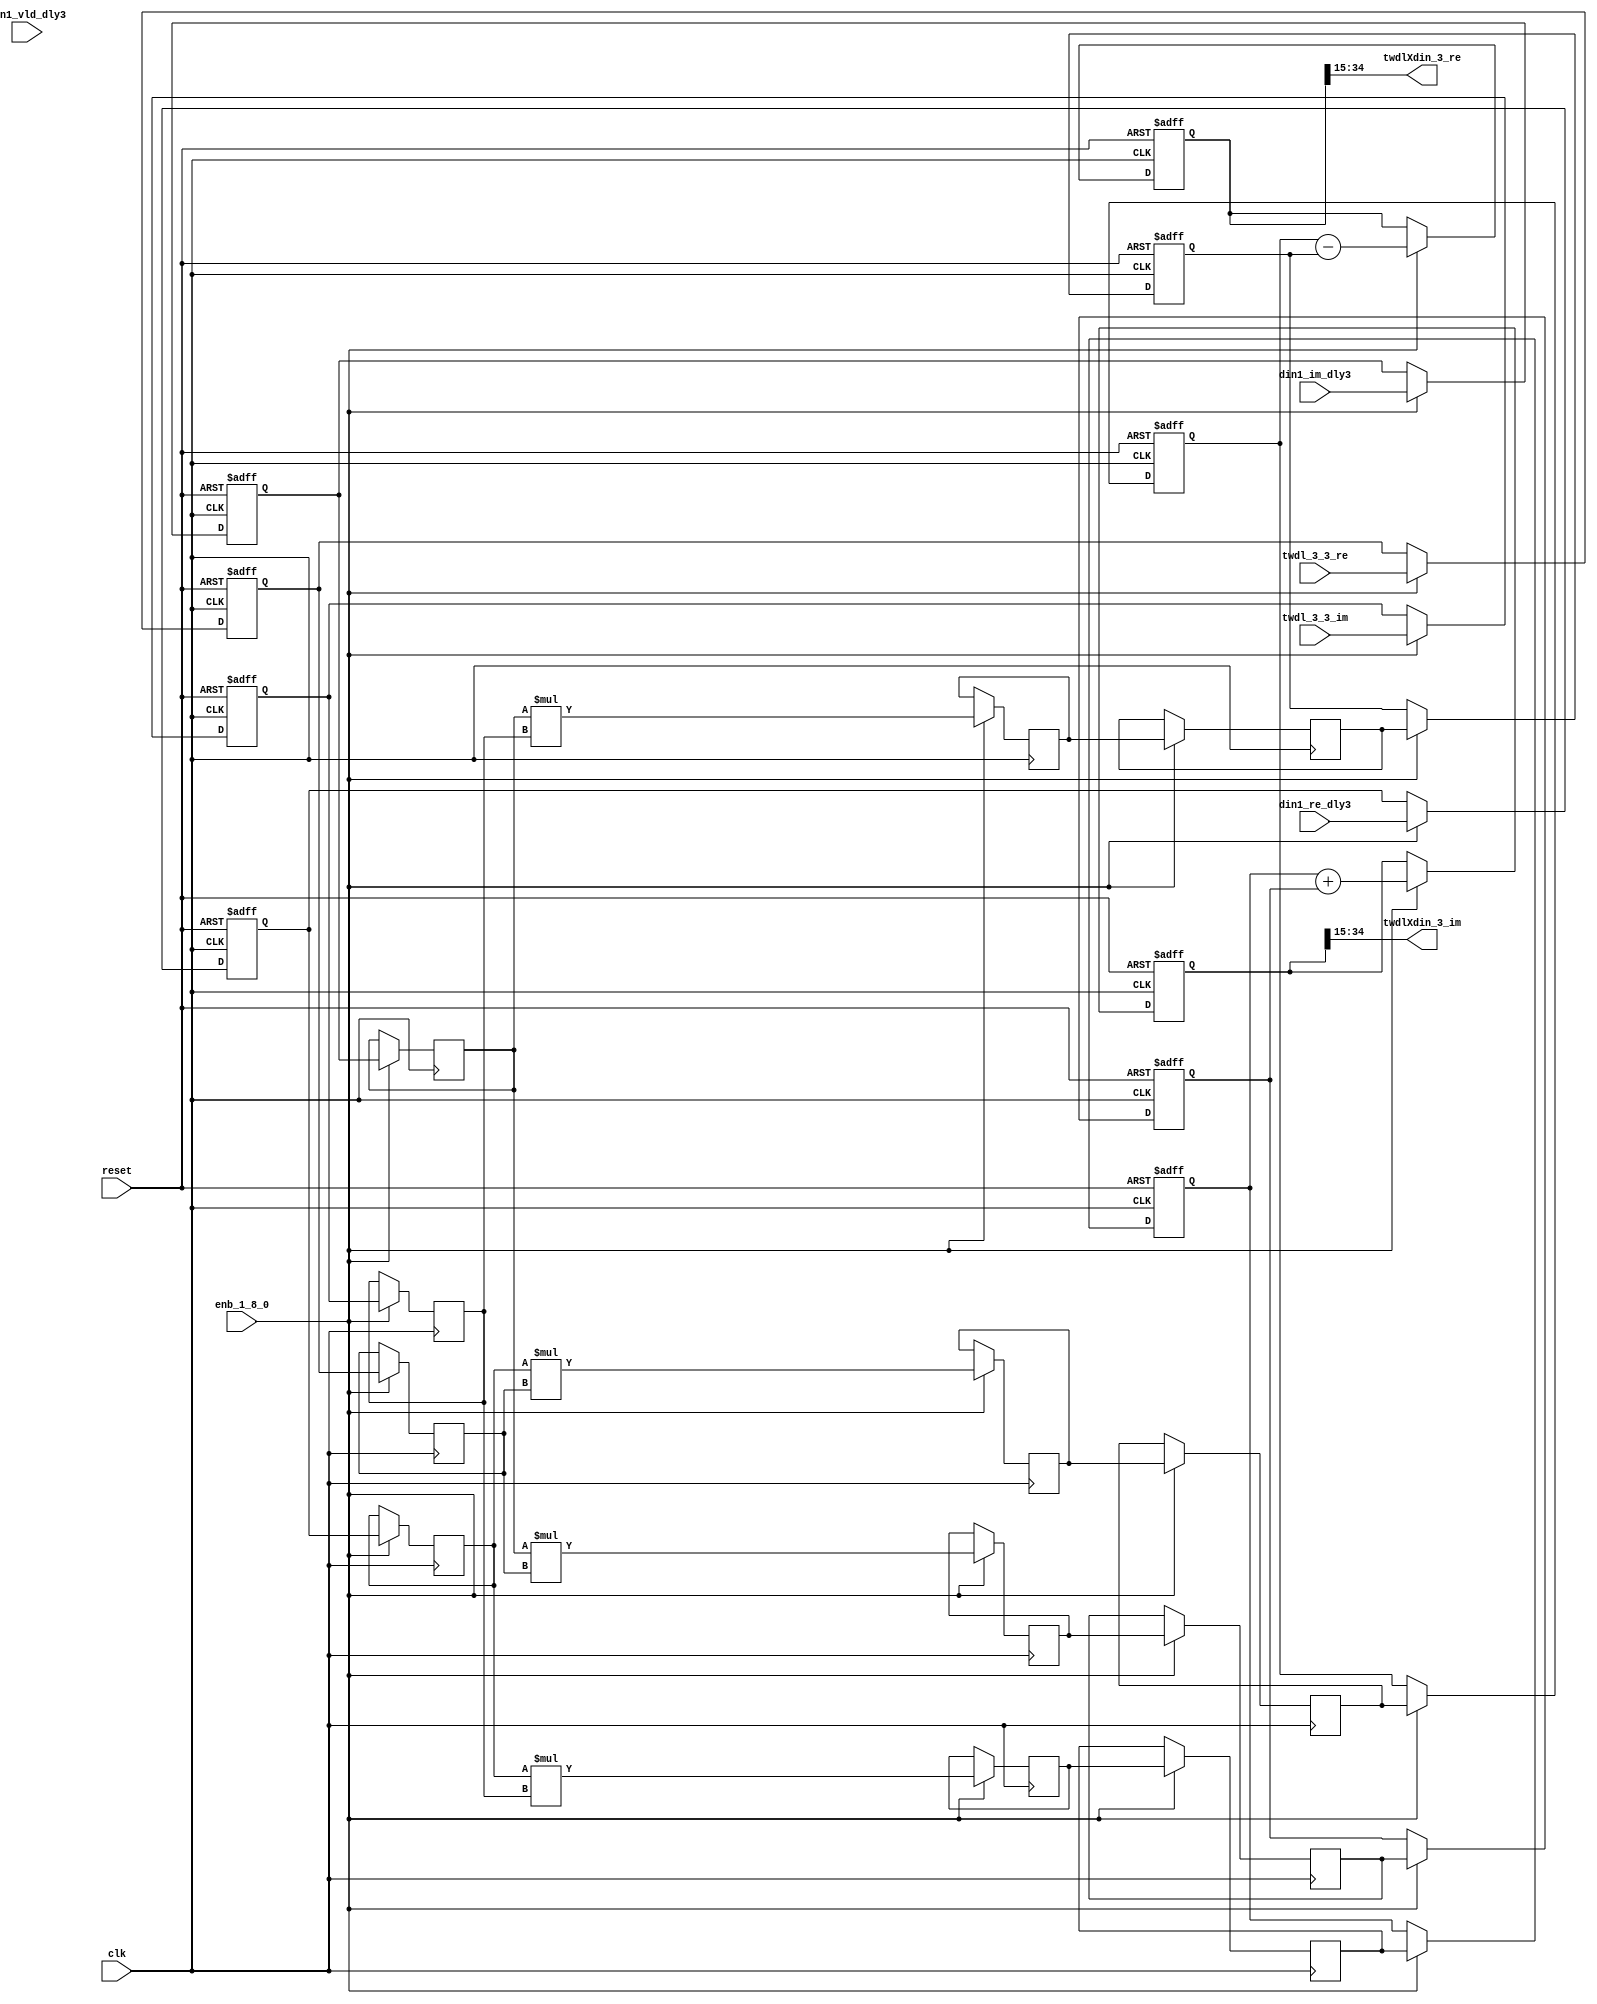
// -------------------------------------------------------------
// 
// 
// Generated by MATLAB 9.13 and HDL Coder 4.0
// 
// -------------------------------------------------------------


// -------------------------------------------------------------
// 
// Module: Complex4Multiply_block
// Source Path: joe_fft/FFT/TWDLMULT_SDNF1_3/Complex4Multiply
// Hierarchy Level: 3
// 
// -------------------------------------------------------------

`timescale 1 ns / 1 ns

module Complex4Multiply_block
          (clk,
           reset,
           enb_1_8_0,
           din1_re_dly3,
           din1_im_dly3,
           din1_vld_dly3,
           twdl_3_3_re,
           twdl_3_3_im,
           twdlXdin_3_re,
           twdlXdin_3_im);


  input   clk;
  input   reset;
  input   enb_1_8_0;
  input   signed [19:0] din1_re_dly3;  // sfix20
  input   signed [19:0] din1_im_dly3;  // sfix20
  input   din1_vld_dly3;
  input   signed [16:0] twdl_3_3_re;  // sfix17_En15
  input   signed [16:0] twdl_3_3_im;  // sfix17_En15
  output  signed [19:0] twdlXdin_3_re;  // sfix20
  output  signed [19:0] twdlXdin_3_im;  // sfix20


  reg signed [19:0] din_re_reg;  // sfix20
  reg signed [19:0] din_im_reg;  // sfix20
  reg signed [16:0] twdl_re_reg;  // sfix17_En15
  reg signed [16:0] twdl_im_reg;  // sfix17_En15
  reg signed [19:0] Complex4Multiply_din1_re_pipe1;  // sfix20
  reg signed [19:0] Complex4Multiply_din1_im_pipe1;  // sfix20
  reg signed [36:0] Complex4Multiply_mult1_re_pipe1;  // sfix37
  reg signed [36:0] Complex4Multiply_mult2_re_pipe1;  // sfix37
  reg signed [36:0] Complex4Multiply_mult1_im_pipe1;  // sfix37
  reg signed [36:0] Complex4Multiply_mult2_im_pipe1;  // sfix37
  reg signed [16:0] Complex4Multiply_twiddle_re_pipe1;  // sfix17
  reg signed [16:0] Complex4Multiply_twiddle_im_pipe1;  // sfix17
  reg signed [36:0] prod1_re;  // sfix37_En15
  reg signed [36:0] prod1_im;  // sfix37_En15
  reg signed [36:0] prod2_re;  // sfix37_En15
  reg signed [36:0] prod2_im;  // sfix37_En15
  reg  din_vld_dly1;
  reg  din_vld_dly2;
  reg  din_vld_dly3;
  reg  prod_vld;
  reg signed [37:0] Complex4Add_multRes_re_reg;  // sfix38
  reg signed [37:0] Complex4Add_multRes_im_reg;  // sfix38
  reg  Complex4Add_prod_vld_reg1;
  reg signed [36:0] Complex4Add_prod1_re_reg;  // sfix37
  reg signed [36:0] Complex4Add_prod1_im_reg;  // sfix37
  reg signed [36:0] Complex4Add_prod2_re_reg;  // sfix37
  reg signed [36:0] Complex4Add_prod2_im_reg;  // sfix37
  wire signed [37:0] Complex4Add_multRes_re_reg_next;  // sfix38_En15
  wire signed [37:0] Complex4Add_multRes_im_reg_next;  // sfix38_En15
  wire signed [37:0] Complex4Add_sub_cast;  // sfix38_En15
  wire signed [37:0] Complex4Add_sub_cast_1;  // sfix38_En15
  wire signed [37:0] Complex4Add_add_cast;  // sfix38_En15
  wire signed [37:0] Complex4Add_add_cast_1;  // sfix38_En15
  wire signed [37:0] mulResFP_re;  // sfix38_En15
  wire signed [37:0] mulResFP_im;  // sfix38_En15
  reg  twdlXdin1_vld;


  always @(posedge clk or posedge reset)
    begin : intdelay_process
      if (reset == 1'b1) begin
        din_re_reg <= 20'sb00000000000000000000;
      end
      else begin
        if (enb_1_8_0) begin
          din_re_reg <= din1_re_dly3;
        end
      end
    end



  always @(posedge clk or posedge reset)
    begin : intdelay_1_process
      if (reset == 1'b1) begin
        din_im_reg <= 20'sb00000000000000000000;
      end
      else begin
        if (enb_1_8_0) begin
          din_im_reg <= din1_im_dly3;
        end
      end
    end



  always @(posedge clk or posedge reset)
    begin : intdelay_2_process
      if (reset == 1'b1) begin
        twdl_re_reg <= 17'sb00000000000000000;
      end
      else begin
        if (enb_1_8_0) begin
          twdl_re_reg <= twdl_3_3_re;
        end
      end
    end



  always @(posedge clk or posedge reset)
    begin : intdelay_3_process
      if (reset == 1'b1) begin
        twdl_im_reg <= 17'sb00000000000000000;
      end
      else begin
        if (enb_1_8_0) begin
          twdl_im_reg <= twdl_3_3_im;
        end
      end
    end



  // Complex4Multiply
  always @(posedge clk)
    begin : Complex4Multiply_process
      if (enb_1_8_0) begin
        prod1_re <= Complex4Multiply_mult1_re_pipe1;
        prod2_re <= Complex4Multiply_mult2_re_pipe1;
        prod1_im <= Complex4Multiply_mult1_im_pipe1;
        prod2_im <= Complex4Multiply_mult2_im_pipe1;
        Complex4Multiply_mult1_re_pipe1 <= Complex4Multiply_din1_re_pipe1 * Complex4Multiply_twiddle_re_pipe1;
        Complex4Multiply_mult2_re_pipe1 <= Complex4Multiply_din1_im_pipe1 * Complex4Multiply_twiddle_im_pipe1;
        Complex4Multiply_mult1_im_pipe1 <= Complex4Multiply_din1_re_pipe1 * Complex4Multiply_twiddle_im_pipe1;
        Complex4Multiply_mult2_im_pipe1 <= Complex4Multiply_din1_im_pipe1 * Complex4Multiply_twiddle_re_pipe1;
        Complex4Multiply_twiddle_re_pipe1 <= twdl_re_reg;
        Complex4Multiply_twiddle_im_pipe1 <= twdl_im_reg;
        Complex4Multiply_din1_re_pipe1 <= din_re_reg;
        Complex4Multiply_din1_im_pipe1 <= din_im_reg;
      end
    end



  always @(posedge clk or posedge reset)
    begin : intdelay_4_process
      if (reset == 1'b1) begin
        din_vld_dly1 <= 1'b0;
      end
      else begin
        if (enb_1_8_0) begin
          din_vld_dly1 <= din1_vld_dly3;
        end
      end
    end



  always @(posedge clk or posedge reset)
    begin : intdelay_5_process
      if (reset == 1'b1) begin
        din_vld_dly2 <= 1'b0;
      end
      else begin
        if (enb_1_8_0) begin
          din_vld_dly2 <= din_vld_dly1;
        end
      end
    end



  always @(posedge clk or posedge reset)
    begin : intdelay_6_process
      if (reset == 1'b1) begin
        din_vld_dly3 <= 1'b0;
      end
      else begin
        if (enb_1_8_0) begin
          din_vld_dly3 <= din_vld_dly2;
        end
      end
    end



  always @(posedge clk or posedge reset)
    begin : intdelay_7_process
      if (reset == 1'b1) begin
        prod_vld <= 1'b0;
      end
      else begin
        if (enb_1_8_0) begin
          prod_vld <= din_vld_dly3;
        end
      end
    end



  // Complex4Add
  always @(posedge clk or posedge reset)
    begin : Complex4Add_process
      if (reset == 1'b1) begin
        Complex4Add_multRes_re_reg <= 38'sh0000000000;
        Complex4Add_multRes_im_reg <= 38'sh0000000000;
        Complex4Add_prod1_re_reg <= 37'sh0000000000;
        Complex4Add_prod1_im_reg <= 37'sh0000000000;
        Complex4Add_prod2_re_reg <= 37'sh0000000000;
        Complex4Add_prod2_im_reg <= 37'sh0000000000;
        Complex4Add_prod_vld_reg1 <= 1'b0;
        twdlXdin1_vld <= 1'b0;
      end
      else begin
        if (enb_1_8_0) begin
          Complex4Add_multRes_re_reg <= Complex4Add_multRes_re_reg_next;
          Complex4Add_multRes_im_reg <= Complex4Add_multRes_im_reg_next;
          Complex4Add_prod1_re_reg <= prod1_re;
          Complex4Add_prod1_im_reg <= prod1_im;
          Complex4Add_prod2_re_reg <= prod2_re;
          Complex4Add_prod2_im_reg <= prod2_im;
          twdlXdin1_vld <= Complex4Add_prod_vld_reg1;
          Complex4Add_prod_vld_reg1 <= prod_vld;
        end
      end
    end

  assign Complex4Add_sub_cast = {Complex4Add_prod1_re_reg[36], Complex4Add_prod1_re_reg};
  assign Complex4Add_sub_cast_1 = {Complex4Add_prod2_re_reg[36], Complex4Add_prod2_re_reg};
  assign Complex4Add_multRes_re_reg_next = Complex4Add_sub_cast - Complex4Add_sub_cast_1;
  assign Complex4Add_add_cast = {Complex4Add_prod1_im_reg[36], Complex4Add_prod1_im_reg};
  assign Complex4Add_add_cast_1 = {Complex4Add_prod2_im_reg[36], Complex4Add_prod2_im_reg};
  assign Complex4Add_multRes_im_reg_next = Complex4Add_add_cast + Complex4Add_add_cast_1;
  assign mulResFP_re = Complex4Add_multRes_re_reg;
  assign mulResFP_im = Complex4Add_multRes_im_reg;



  assign twdlXdin_3_re = mulResFP_re[34:15];



  assign twdlXdin_3_im = mulResFP_im[34:15];



endmodule  // Complex4Multiply_block